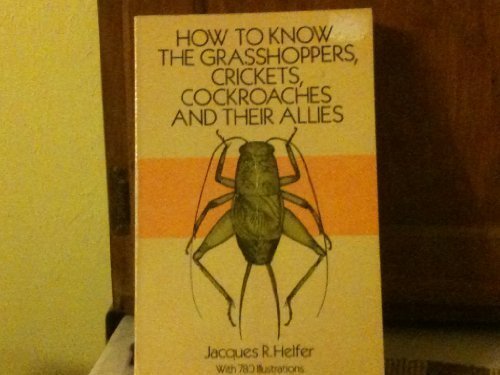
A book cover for How to Know the Grasshoppers, Crickets, Cockroaches and Their Allies; Jacques R. Helfer; Sports & Outdoors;